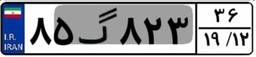
۴۴گ۷۳۵۶۷